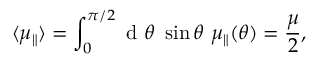
\langle \mu _ { \parallel } \rangle = \int _ { 0 } ^ { \pi / 2 } \textrm { d } { \theta } \ \sin \theta \ \mu _ { \parallel } ( \theta ) = \frac { \mu } { 2 } ,